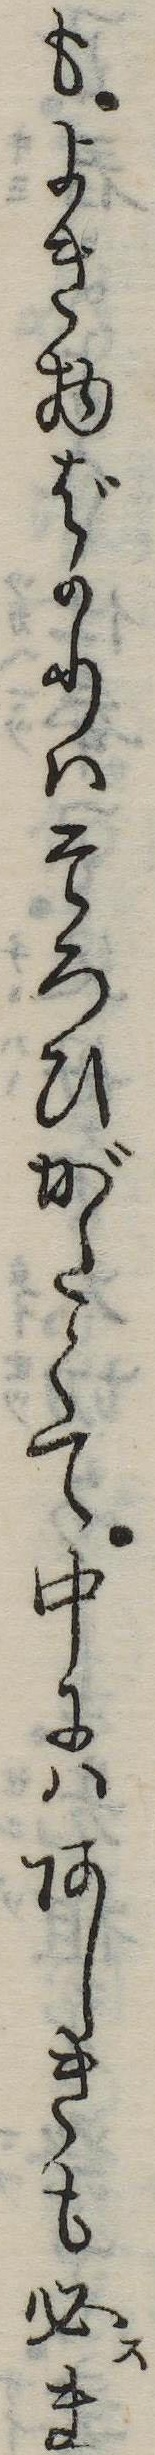
もよき物ばかりはそろひがたくて中にはあしきも必ま